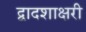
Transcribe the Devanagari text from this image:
द्वादशाक्षरी